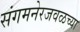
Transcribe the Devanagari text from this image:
संगमनेरजवळच्या